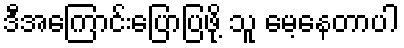
ဒီအကြောင်းပြောပြဖို့ သူ မေ့နေတာပါ